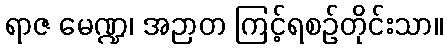
ရာဇ မေဏ္ဍ၊ အဉာတ ကြင့်ရစဉ်တိုင်းသာ။